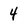
Character: 4